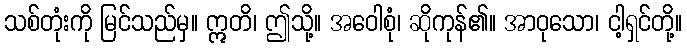
သစ်တုံးကို မြင်သည်မှ။ ဣတိ၊ ဤသို့။ အဝေါစုံ၊ ဆိုကုန်၏။ အာဝုသော၊ ငါ့ရှင်တို့။